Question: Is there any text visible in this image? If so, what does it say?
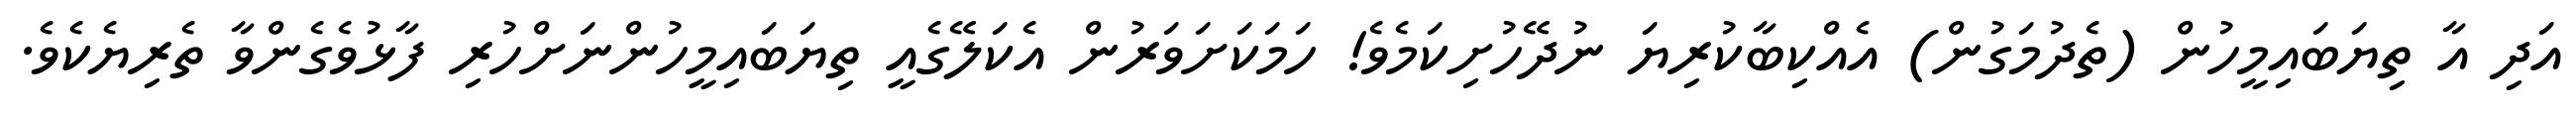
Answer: އަދި އާ ތިޔަބައިމީހުން (ތެދުމަގުން) އެއްކިބާކުރިޔަ ނުދޭހުށިކަމެވެ! ހަމަކަށަވަރުން އެކަލޭގެއީ ތިޔަބައިމީހުންނަށްހުރި ފާޅުވެގެންވާ ތެރިޔެކެވެ.